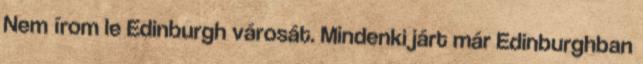
Nem írom le Edinburgh városát. Mindenki járt már Edinburghban